First report of the anti-malarial operations at Mian Mir, 1901-1903 - Number 6
Year: 1901
Disease focus: Malaria
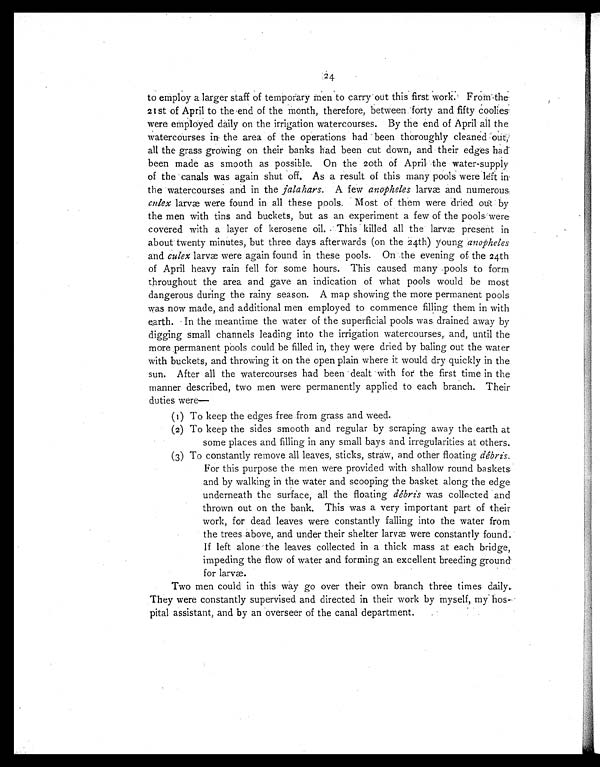
24
to employ a larger staff of temporary men to carry out this first work. From the
21 st of April to the end of the month, therefore, between forty and fifty coolies
were employed daily on the irrigation watercourses. By the end of April all the
watercourses in the area of the operations had been thoroughly cleaned out
all the grass growing on their banks had been cut down, and their edges had
been made as smooth as possible. On the 20th of April the water-supply
of the canals was again shut off. As a result of this many pools were left in.
the watercourses and in the jalahars. A few anopheles larvæ and numerous
culex larvæ were found in all these pools. Most of them were dried out by
the men with tins and buckets, but as an experiment a few of the pools were
covered with a layer of kerosene oil. This killed all the larvæ present in
about twenty minutes, but three days afterwards (on the 24th) young anopheles
and culex larvæ were again found in these pools. On the evening of the 24th
of April heavy rain fell for some hours. This caused many pools to form
throughout the area and gave an indication of what pools would be most
dangerous during the rainy season. A map showing the more permanent pools
was now made, and additional men employed to commence filling them in with
earth. In the meantime the water of the superficial pools was drained away by
digging small channels leading into the irrigation watercourses, and, until the
more permanent pools could be filled in, they were dried by baling out the water
with buckets, and throwing it on the open plain where it would dry quickly in the
sun. After all the watercourses had been dealt with for the first time in the
manner described, two men were permanently applied to each branch. Their
duties were
—
(1) To keep the edges free from grass and weed.
(2) To keep the sides smooth and regular by scraping away the earth at
some places and filling in any small bays and irregularities at others.
(3) To constantly remove all leaves, sticks, straw, and other floating débris.
For this purpose the men were provided with shallow round baskets
and by walking in the water and scooping the basket along the edge
underneath the surface, all the floating débris was collected and
thrown out on the bank. This was a very important part of their
work, for dead leaves were constantly falling into the water from
the trees above, and under their shelter larvæ were constantly found.
If left alone the leaves collected in a thick mass at each bridge,
impeding the flow of water and forming an excellent breeding ground
for larvæ.
Two men could in this way go over their own branch three times daily..
They were constantly supervised and directed in their work by myself, my hos-
pital assistant, and by an overseer of the canal department.